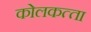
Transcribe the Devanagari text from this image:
कोलकत्‍ता